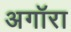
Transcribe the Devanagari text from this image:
अगॉरा